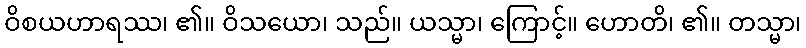
ဝိစယဟာရဿ၊ ၏။ ဝိသယော၊ သည်။ ယသ္မာ၊ ကြောင့်။ ဟောတိ၊ ၏။ တသ္မာ၊